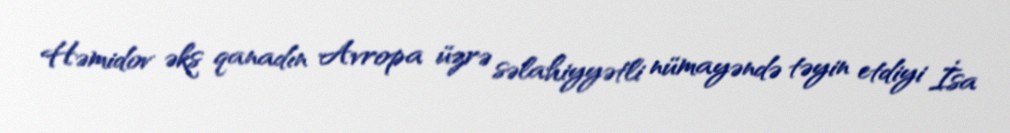
Həmidov əks qanadın Avropa üzrə səlahiyyətli nümayəndə təyin etdiyi İsa